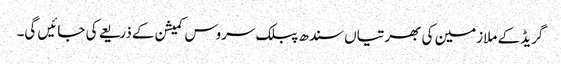
گریڈ کے ملازمین کی بھرتیاں سندھ پبلک سروس کمیشن کے ذریعے کی جائیں گی۔